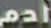
أدم